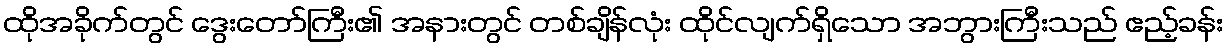
ထိုအခိုက်တွင် ဒွေးတော်ကြီး၏ အနားတွင် တစ်ချိန်လုံး ထိုင်လျက်ရှိသော အဘွားကြီးသည် ဧည့်ခန်း